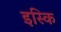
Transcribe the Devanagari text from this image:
इस्कि